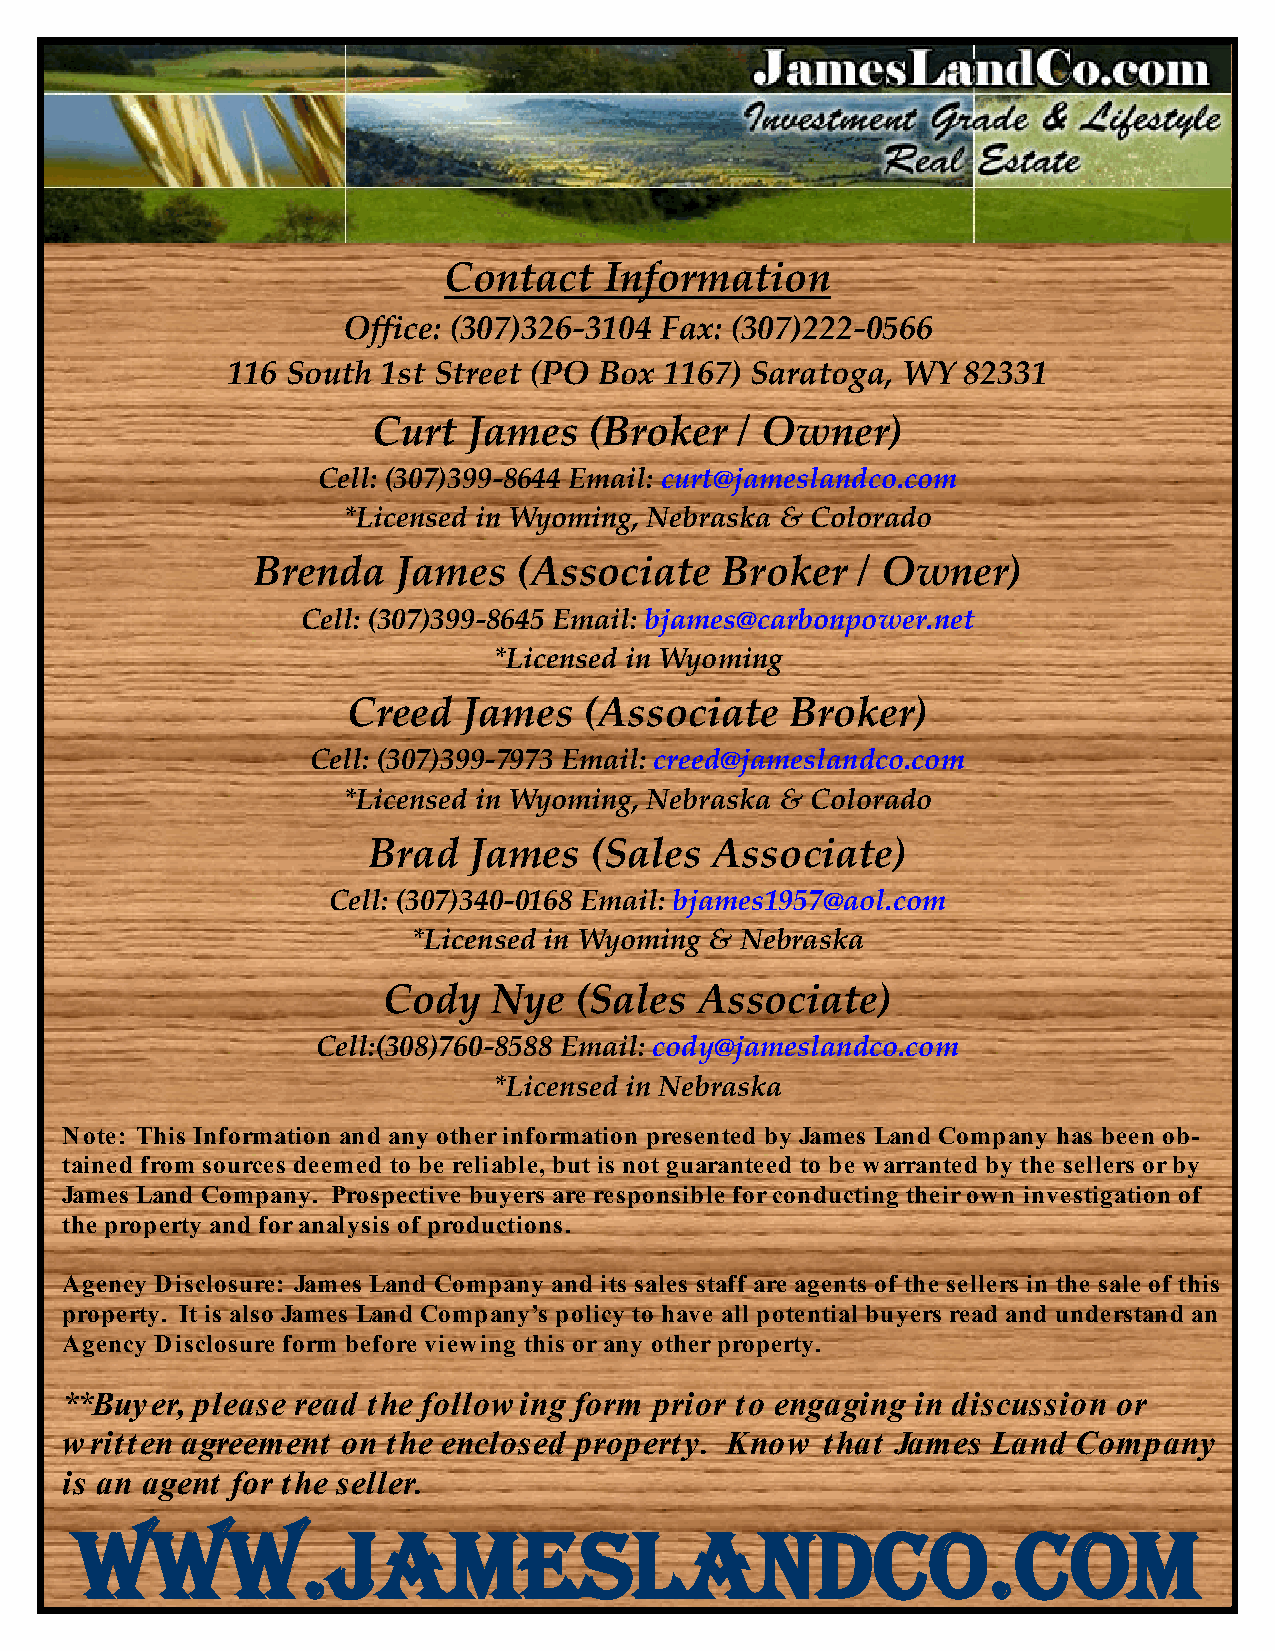
Contact    Information
 Office: (307)326-3104 Fax: (307)222-0566
 116 South 1st Street (PO Box 1167) Saratoga, WY  82331
 Curt  James   (Broker   / Owner)
 Cell: (307)399-8644 Email: curt@jameslandco.com
 *Licensed in Wyoming, Nebraska & Colorado
 Brenda   James   (Associate    Broker   / Owner)
 Cell: (307)399-8645 Email: bjames@carbonpower.net
 *Licensed in Wyoming
 Creed   James   (Associate   Broker)
 Cell: (307)399-7973 Email: creed@jameslandco.com
 *Licensed in Wyoming, Nebraska & Colorado
 Brad   James   (Sales  Associate)
 Cell: (307)340-0168 Email: bjames1957@aol.com
 *Licensed in Wyoming & Nebraska
 Cody    Nye  (Sales  Associate)
 Cell:(308)760-8588 Email: cody@jameslandco.com
 *Licensed in Nebraska
 Note: This Information and any other information presented by James Land Company has been ob-
 tained from sources deemed to be reliable, but is not guaranteed to be warranted by the sellers or by
 James Land Company. Prospective buyers are responsible for conducting their own investigation of
 the property and for analysis of productions.
 Agency Disclosure: James Land Company and its sales staff are agents of the sellers in the sale of this
 property. It is also James Land Company’s policy to have all potential buyers read and understand an
 Agency Disclosure form before viewing this or any other property.
 **Buyer, please read the following form prior to engaging in discussion or
 written agreement  on the enclosed property. Know that James  Land Company
 is an agent for the seller.
 www.jameslandco.com